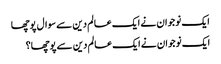
ایک نوجوان نے ایک عالم دین سے سوال پوچھا
ایک نوجوان نے ایک عالم دین سے پوچھا؟